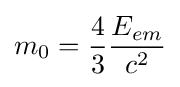
m_{0}={\frac {4}{3}}{\frac {E_{em}}{c^{2}}}